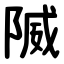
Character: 隇